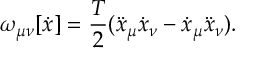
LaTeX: \omega _ { \mu \nu } [ \dot { x } ] = \frac { T } { 2 } ( \ddot { x } _ { \mu } \dot { x } _ { \nu } - \dot { x } _ { \mu } \ddot { x } _ { \nu } ) .